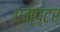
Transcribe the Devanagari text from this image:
एम्प्टर